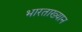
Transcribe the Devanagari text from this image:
भारताख्यान